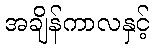
အချိန်ကာလနှင့်